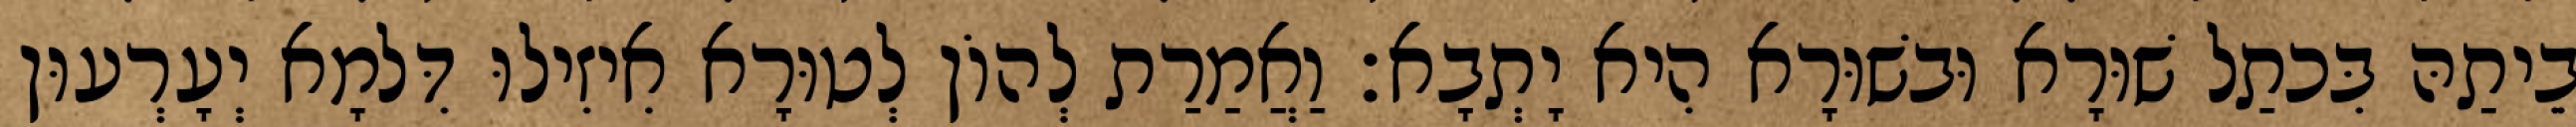
בֵיתַהּ בִּכתַל שׁוּרָא וּבשׁוּרָא הִיא יָתְבָא׃ וַאֲמַרַת לְהוֹן לְטוּרָא אִיזִילוּ דִּלמָא יְעָרְעוּן